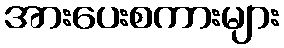
အားပေးစကားများ